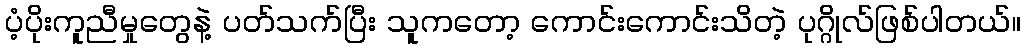
ပံ့ပိုးကူညီမှုတွေနဲ့ ပတ်သက်ပြီး သူကတော့ ကောင်းကောင်းသိတဲ့ ပုဂ္ဂိုလ်ဖြစ်ပါတယ်။